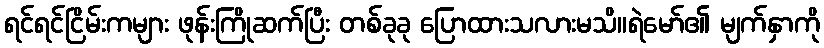
ရင်ရင်ငြိမ်းကများ ဖုန်းကြိုဆက်ပြီး တစ်ခုခု ပြောထားသလားမသိ။ရဲမော်၏ မျက်နှာကို